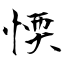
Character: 愞